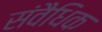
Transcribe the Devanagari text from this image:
संवैधिक